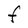
Character: F